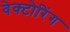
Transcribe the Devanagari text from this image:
वेक्टोरिंग